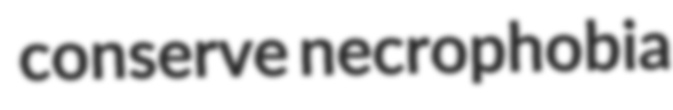
conserve necrophobia